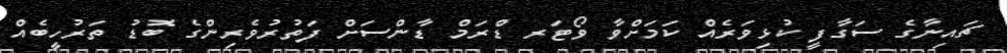
ޗައިނާގެ ސަގާފީ ކުޅިވަރެއް ކަމަށްވާ ވޯޓަރ ޑްރަމް ޑާންސަށް ފަތުރުވެރިންގެ ބޮޑު ތަރުހީބެއް